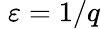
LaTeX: \; \varepsilon=1/q